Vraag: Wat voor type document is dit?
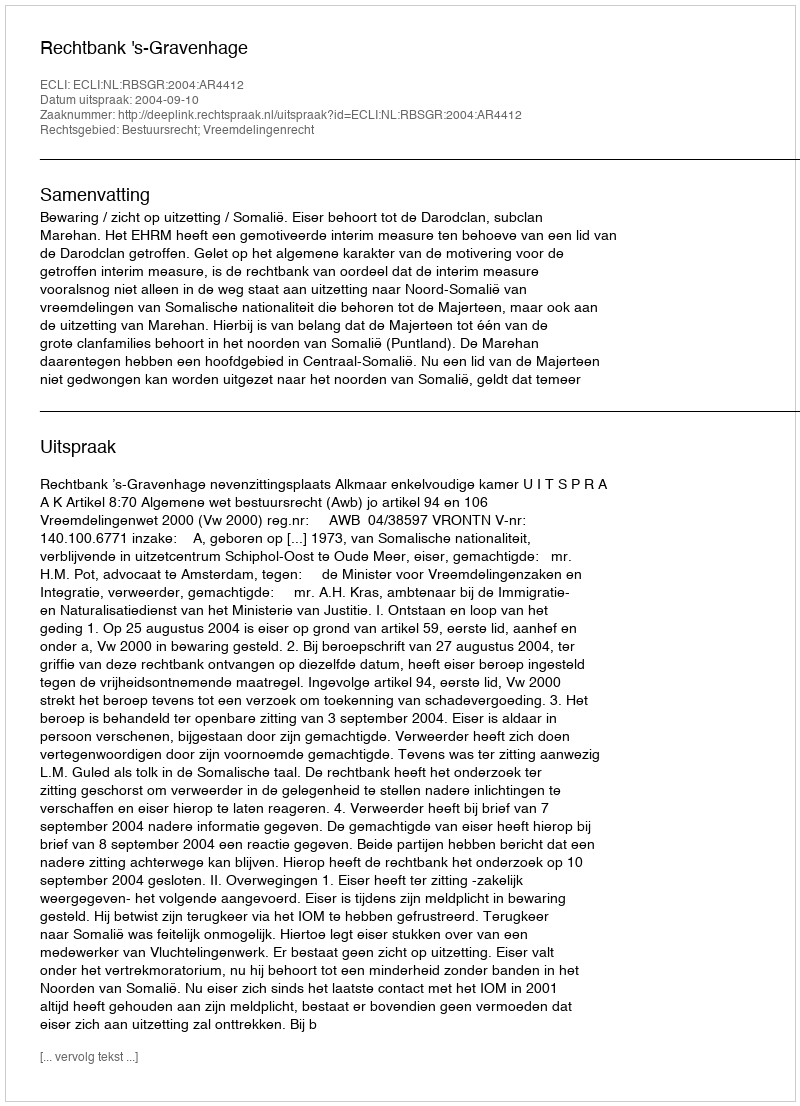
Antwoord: Uitspraak